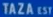
TAZA EST